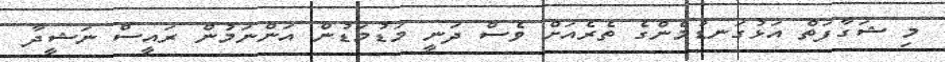
މި ޝަގާފަތް އަޅުގަނޑުމެންގެ ތެރެއަށް ވެސް ދަނީ މަޑުމަޑުން އަންނަމުން ރައީސް ނަޝީދާ